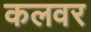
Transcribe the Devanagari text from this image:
कलवर